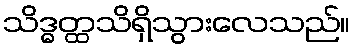
သိဒ္ဓတ္ထသိရှိသွားလေသည်။